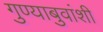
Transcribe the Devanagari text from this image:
गुण्याबुवांशी